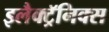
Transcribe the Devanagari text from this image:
इलैक्ट्रॅनिक्स